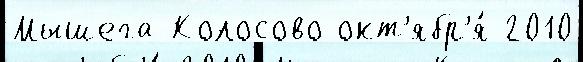
Мышега Колосово окт'ябр'я́ 2010